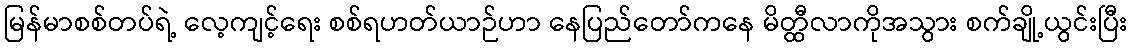
မြန်မာစစ်တပ်ရဲ့ လေ့ကျင့်ရေး စစ်ရဟတ်ယာဉ်ဟာ နေပြည်တော်ကနေ မိတ္ထီလာကိုအသွား စက်ချို့ယွင်းပြီး